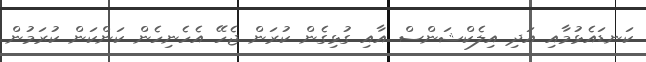
ކަނޑައެޅުމާއި އަދި އިލެކްޝަންސް އާއި ގުޅިގެން ކުރަން ޖެހޭ އެހެނިހެން ކަންކަން ކުރަމުން